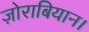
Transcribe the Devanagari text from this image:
ज़ोराबियान।